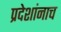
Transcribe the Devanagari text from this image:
प्रदेशांनाच